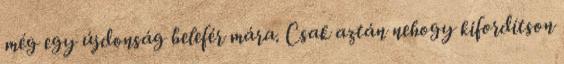
még egy újdonság belefér mára. Csak aztán nehogy kifordítson